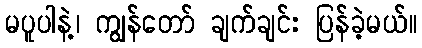
မပူပါနဲ့၊ ကျွန်တော် ချက်ချင်း ပြန်ခဲ့မယ်။